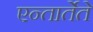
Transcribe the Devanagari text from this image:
एन्तार्तेते